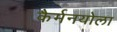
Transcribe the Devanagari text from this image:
कैर्मनयोला